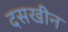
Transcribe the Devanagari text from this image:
दसखीन